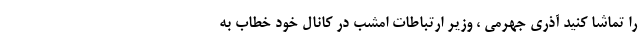
را تماشا کنید آذری جهرمی ، وزیر ارتباطات امشب در کانال خود خطاب به